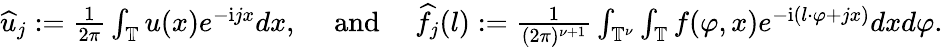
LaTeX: \begin{array}{r}{\widehat{u}_{j}:=\frac{1}{2\pi}\int_{\mathbb{T}}u(x)e^{-\mathrm{i}jx}dx,\quad\mathrm{~and~}\quad\widehat{f}_{j}(l):=\frac{1}{(2\pi)^{\nu+1}}\int_{\mathbb{T}^{\nu}}\int_{\mathbb{T}}f(\varphi,x)e^{-\mathrm{i}(l\cdot\varphi+jx)}dxd\varphi.}\end{array}